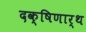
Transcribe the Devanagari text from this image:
दक्षिणार्थ